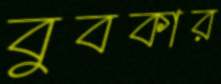
বুবকার